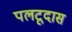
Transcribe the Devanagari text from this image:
पलटूदास